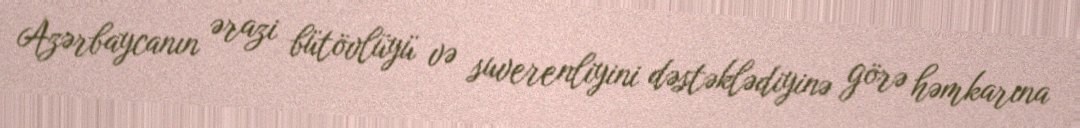
Azərbaycanın ərazi bütövlüyü və suverenliyini dəstəklədiyinə görə həmkarına